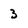
Character: 3